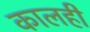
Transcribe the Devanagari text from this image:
कालही